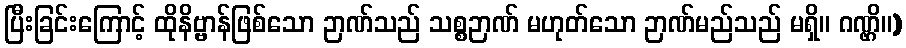
ပြီးခြင်းကြောင့် ထိုနိဗ္ဗာန်ဖြစ်သော ဉာဏ်သည် သစ္စဉာဏ် မဟုတ်သော ဉာဏ်မည်သည် မရှိ။ ဂဏ္ဌိ။)